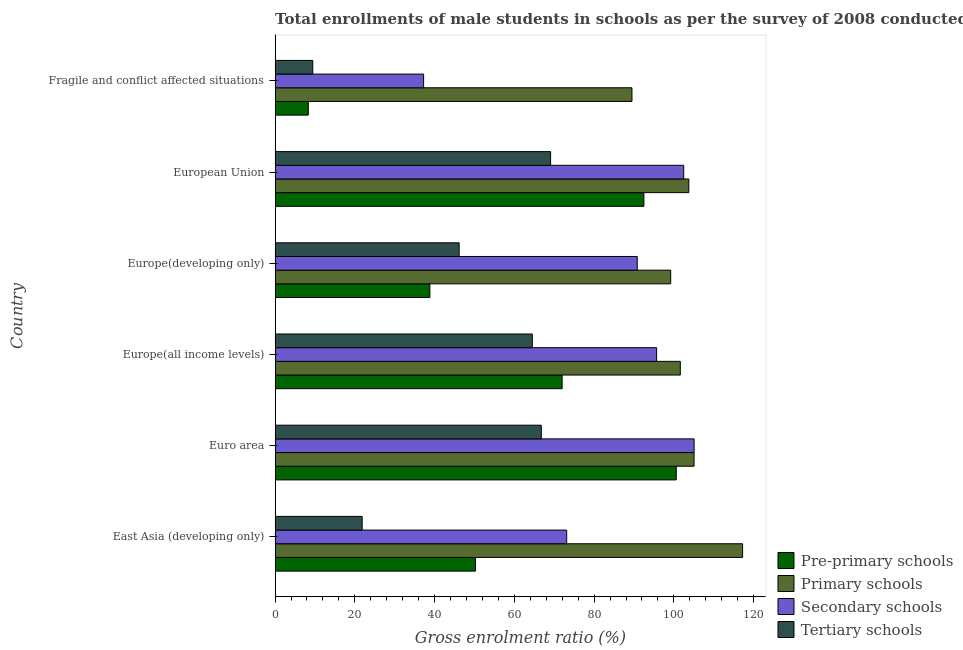
| Country | Pre-primary schools | Primary schools | Secondary schools | Tertiary schools |
 | --- | --- | --- | --- | --- |
 | East Asia (developing only) | 50.3 | 117 | 73.1 | 21.8 |
 | Euro area | 101 | 105 | 105 | 66.8 |
 | Europe(all income levels) | 72 | 102 | 95.7 | 64.5 |
 | Europe(developing only) | 38.8 | 99.2 | 90.8 | 46.2 |
 | European Union | 92.5 | 104 | 102 | 69.1 |
 | Fragile and conflict affected situations | 8.33 | 89.5 | 37.2 | 9.45 |